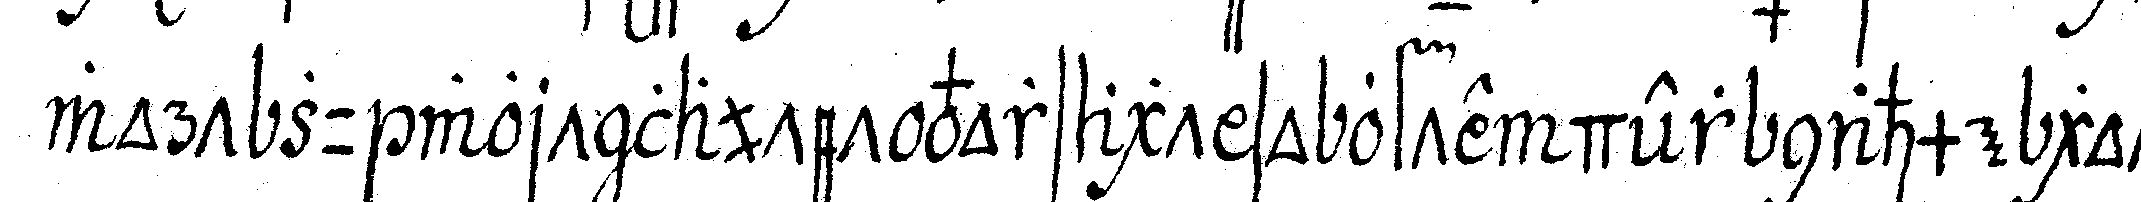
wort zu wort lautet vorsagt so ofte deNr nahme gott